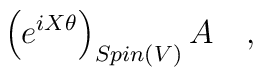
\left( e^{iX\theta } \right)_{Spin(V)} A \quad ,